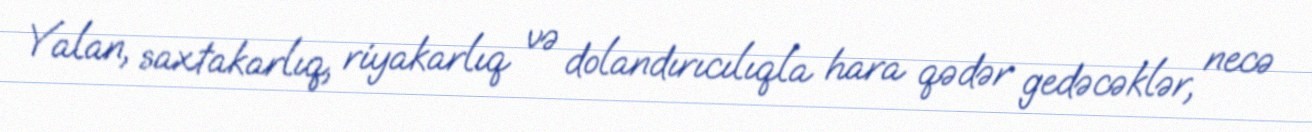
Yalan, saxtakarlıq, riyakarlıq və dolandırıcılıqla hara qədər gedəcəklər, necə